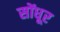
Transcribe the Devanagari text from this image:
सोंधूर